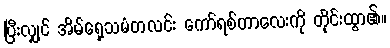
ပြီးလျှင် အိမ်ရှေ့သမံတလင်း ကော်ရစ်တာလေးကို တိုင်းထွာ၏။